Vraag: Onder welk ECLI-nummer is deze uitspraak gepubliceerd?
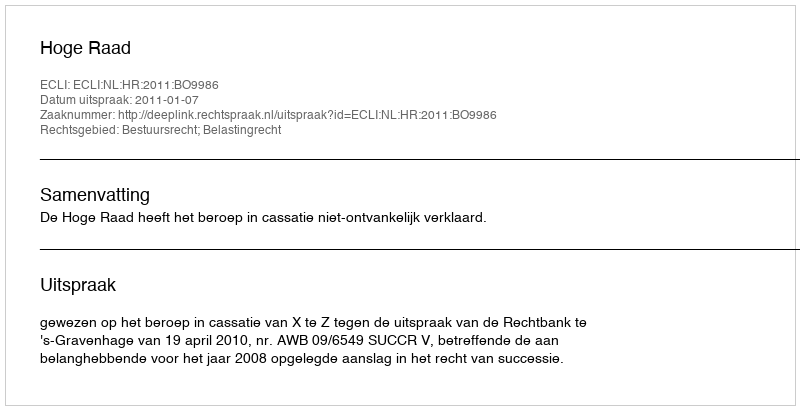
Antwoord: ECLI:NL:HR:2011:BO9986